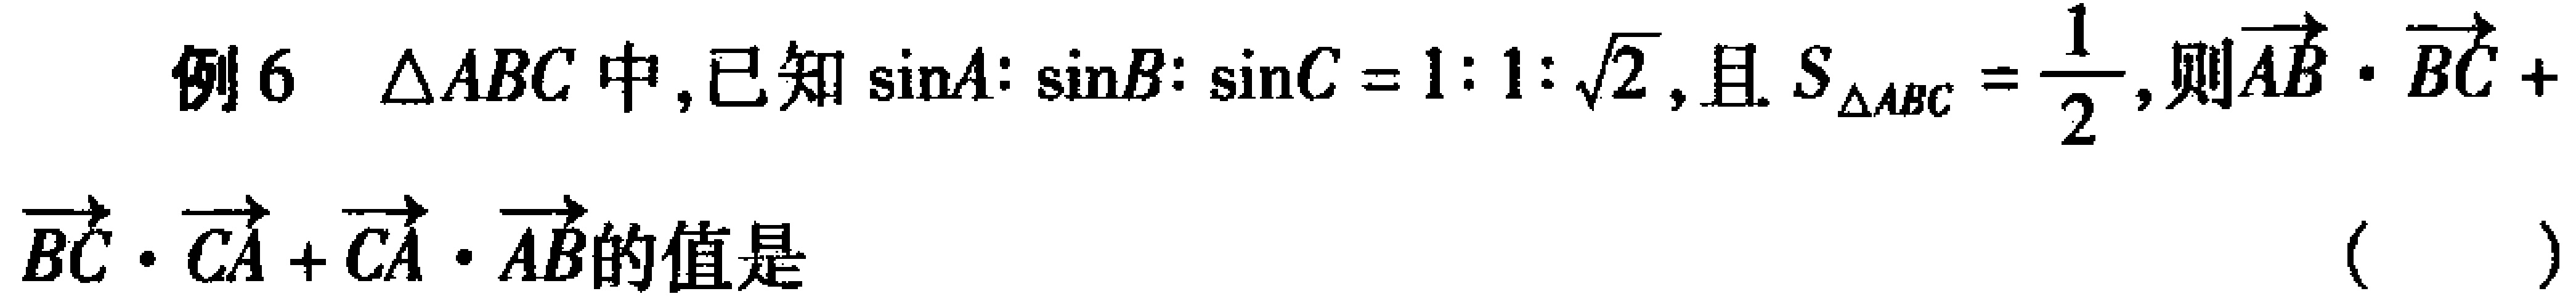
例6 $\triangle ABC$中,已知$\sin A:\sin B:\sin C = 1:1:\sqrt{2}$,且$S_{\triangle ABC}=\frac{1}{2}$,则$\overrightarrow{AB}\cdot\overrightarrow{BC}+$ $\overrightarrow{BC}\cdot\overrightarrow{CA}+\overrightarrow{CA}\cdot\overrightarrow{AB}$的值是 （  ）